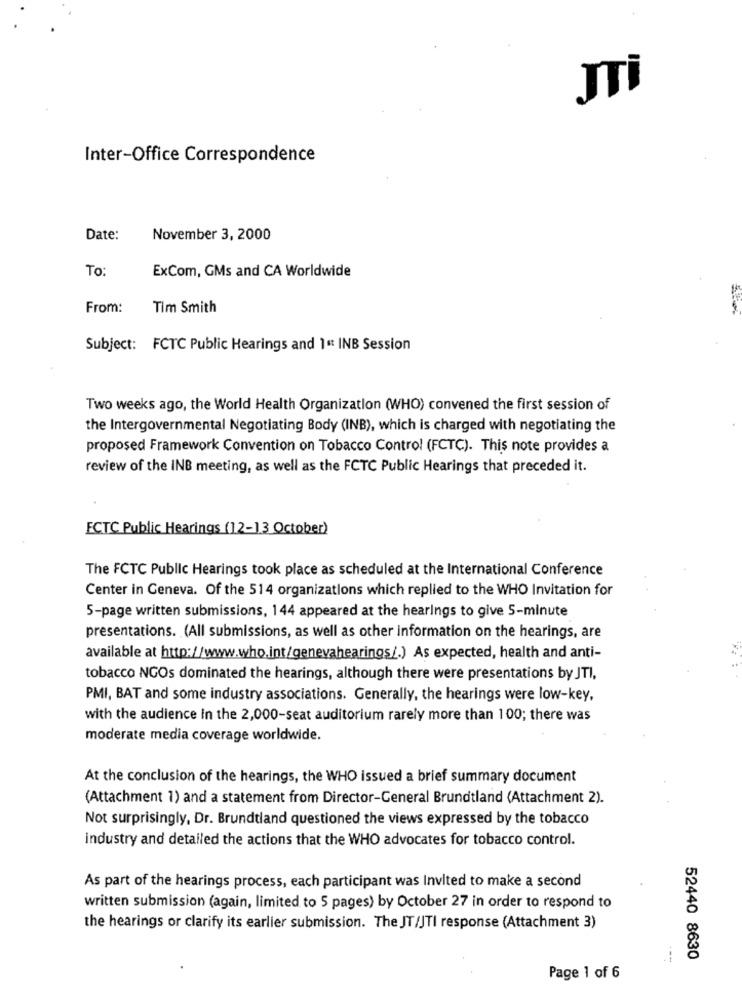
Inter-Office Correspondence
Date:
November 3, 2000
To
ExCom, GMs and CA Worldwide
From:
Tim Smith
Subject: FCTC Public Hearings and 1ªt INB Session
Two weeks ago, the World Health Organization (WHO) convened the first session of
the Intergovernmental Negotiating Body (INB), which is charged with negotiating the
proposed Framework Convention on Tobacco Control (FCTC). This note provides a
review of the INB meeting, as well as the FCTC Public Hearings that preceded it.
ECTC Public Hearings (12-13 October)
The FCTC Public Hearings took place as scheduled at the International Conference
Center in Geneva. Of the 514 organizations which replied to the WHO Invitation for
5-page written submissions, 144 appeared at the hearings to give 5-minute
presentations. (All submissions, as well as other information on the hearings, are
available at http:/www.who.int/genevahearings/.) As expected, health and anti-
tobacco NGOs dominated the hearings, although there were presentations by JTI,
PMI, BAT and some industry associations. Generally, the hearings were low-key,
with the audience In the 2,000-seat auditorium rarely more than 100; there was
moderate media coverage worldwide.
At the conclusion of the hearings, the WHO issued a brief summary document
(Attachment 1) and a statement from Director-General Brundtland (Attachment 2).
Not surprisingly, Dr. Brundtland questioned the views expressed by the tobacco
industry and detailed the actions that the WHO advocates for tobacco control.
As part of the hearings process, each participant was Invited to make a second
written submission (again, limited to 5 pages) by October 27 in order to respond to
the hearings or clarify its earlier submission. The JT/JTI response (Attachment 3)
52440 8630
Page 1 of 6